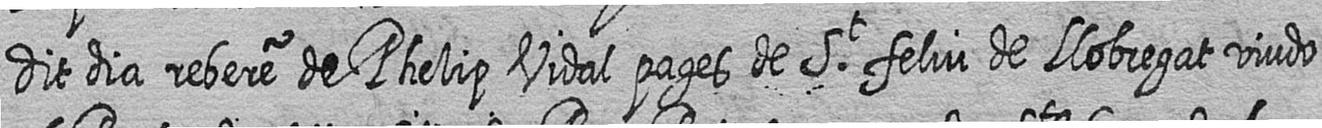
dit dia rebere de Phelip Vidal pages de St feliu de Llobregat viudo